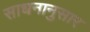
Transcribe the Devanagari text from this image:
साधनानुसार